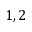
1 , 2